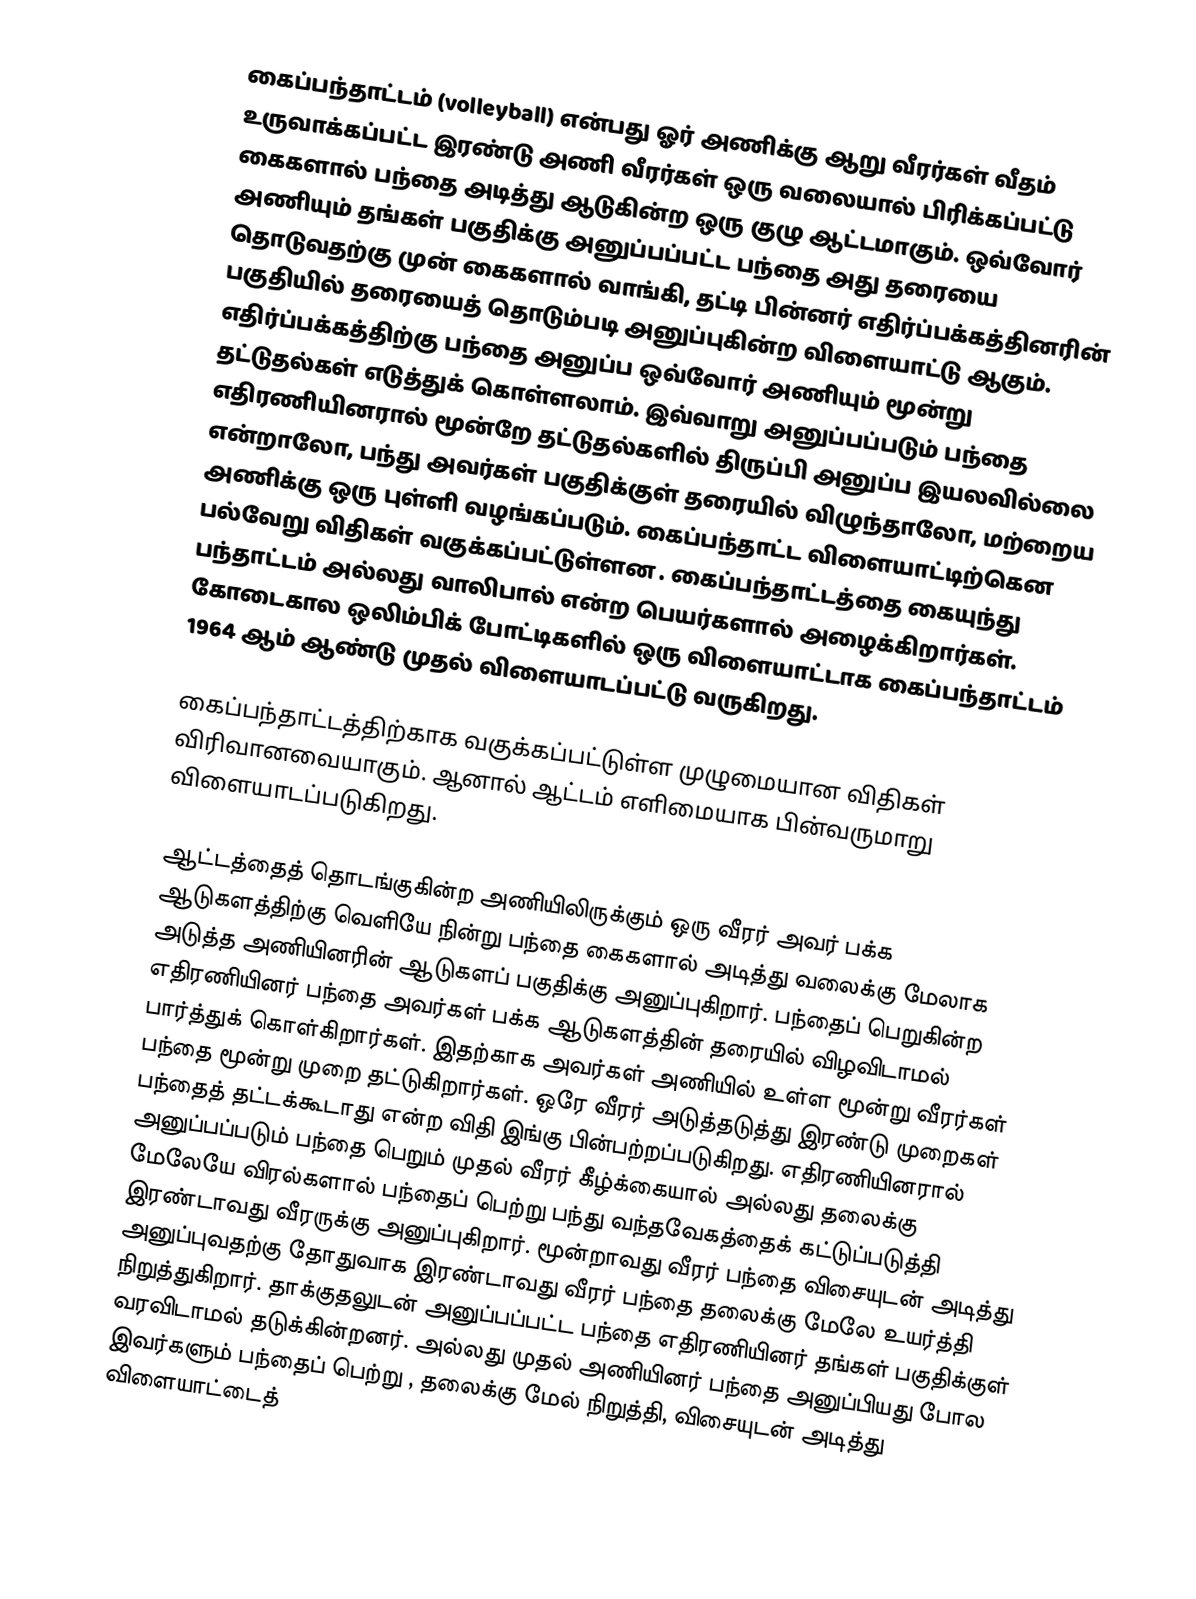
கைப்பந்தாட்டம் (volleyball) என்பது ஓர் அணிக்கு ஆறு வீரர்கள் வீதம் உருவாக்கப்பட்ட இரண்டு அணி வீரர்கள் ஒரு வலையால் பிரிக்கப்பட்டு கைகளால் பந்தை அடித்து ஆடுகின்ற ஒரு குழு ஆட்டமாகும். ஒவ்வோர் அணியும் தங்கள் பகுதிக்கு அனுப்பப்பட்ட பந்தை அது தரையை தொடுவதற்கு முன் கைகளால் வாங்கி, தட்டி பின்னர் எதிர்ப்பக்கத்தினரின் பகுதியில் தரையைத் தொடும்படி அனுப்புகின்ற விளையாட்டு ஆகும். எதிர்ப்பக்கத்திற்கு பந்தை அனுப்ப ஒவ்வோர் அணியும் மூன்று தட்டுதல்கள் எடுத்துக் கொள்ளலாம். இவ்வாறு அனுப்பப்படும் பந்தை எதிரணியினரால் மூன்றே தட்டுதல்களில் திருப்பி அனுப்ப இயலவில்லை என்றாலோ, பந்து அவர்கள் பகுதிக்குள் தரையில் விழுந்தாலோ, மற்றைய அணிக்கு ஒரு புள்ளி வழங்கப்படும். கைப்பந்தாட்ட விளையாட்டிற்கென பல்வேறு விதிகள் வகுக்கப்பட்டுள்ளன . கைப்பந்தாட்டத்தை கையுந்து பந்தாட்டம் அல்லது வாலிபால் என்ற பெயர்களால் அழைக்கிறார்கள். கோடைகால ஒலிம்பிக் போட்டிகளில் ஒரு விளையாட்டாக கைப்பந்தாட்டம் 1964 ஆம் ஆண்டு முதல் விளையாடப்பட்டு வருகிறது.

கைப்பந்தாட்டத்திற்காக வகுக்கப்பட்டுள்ள முழுமையான விதிகள் விரிவானவையாகும்.  ஆனால் ஆட்டம் எளிமையாக பின்வருமாறு விளையாடப்படுகிறது.

ஆட்டத்தைத் தொடங்குகின்ற அணியிலிருக்கும் ஒரு வீரர் அவர் பக்க ஆடுகளத்திற்கு வெளியே நின்று பந்தை கைகளால் அடித்து வலைக்கு மேலாக அடுத்த அணியினரின் ஆடுகளப் பகுதிக்கு அனுப்புகிறார். பந்தைப் பெறுகின்ற எதிரணியினர் பந்தை அவர்கள் பக்க ஆடுகளத்தின் தரையில் விழவிடாமல் பார்த்துக் கொள்கிறார்கள். இதற்காக அவர்கள் அணியில் உள்ள மூன்று வீரர்கள் பந்தை மூன்று முறை தட்டுகிறார்கள். ஒரே வீரர் அடுத்தடுத்து இரண்டு முறைகள் பந்தைத் தட்டக்கூடாது என்ற விதி இங்கு பின்பற்றப்படுகிறது. எதிரணியினரால் அனுப்பப்படும் பந்தை பெறும் முதல் வீரர் கீழ்க்கையால் அல்லது தலைக்கு மேலேயே விரல்களால் பந்தைப் பெற்று பந்து வந்தவேகத்தைக் கட்டுப்படுத்தி இரண்டாவது வீரருக்கு அனுப்புகிறார். மூன்றாவது வீரர் பந்தை விசையுடன் அடித்து அனுப்புவதற்கு தோதுவாக இரண்டாவது வீரர் பந்தை தலைக்கு மேலே உயர்த்தி நிறுத்துகிறார். தாக்குதலுடன் அனுப்பப்பட்ட பந்தை எதிரணியினர் தங்கள் பகுதிக்குள் வரவிடாமல் தடுக்கின்றனர். அல்லது முதல் அணியினர் பந்தை அனுப்பியது போல இவர்களும் பந்தைப் பெற்று , தலைக்கு மேல் நிறுத்தி, விசையுடன் அடித்து விளையாட்டைத்